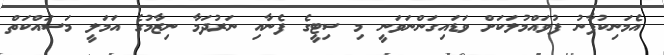
އެމަނިކުފާނު ފުވައްމުލަކަށް ވަޑައިގަންނަވަނީ މި ސިޓީގެ ފެނާއި ނަރުދަމާ ނިޒާމުގެ އަމަލީ މަސައްކަތް